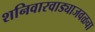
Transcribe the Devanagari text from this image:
शनिवारवाड्याजवळचा